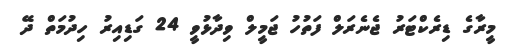
މީރާގެ ޑިރެކްޓަރު ޖެނެރަލް ފަތުހު ޖަމީލް ވިދާޅުވީ 24 ގަޑިއިރު ހިދުމަތް ދޭ